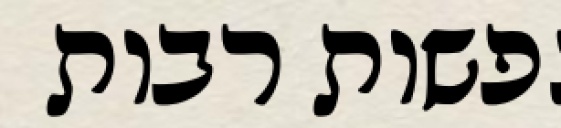
נפשות רבות